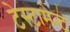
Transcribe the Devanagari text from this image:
टेस्टामेन्ट